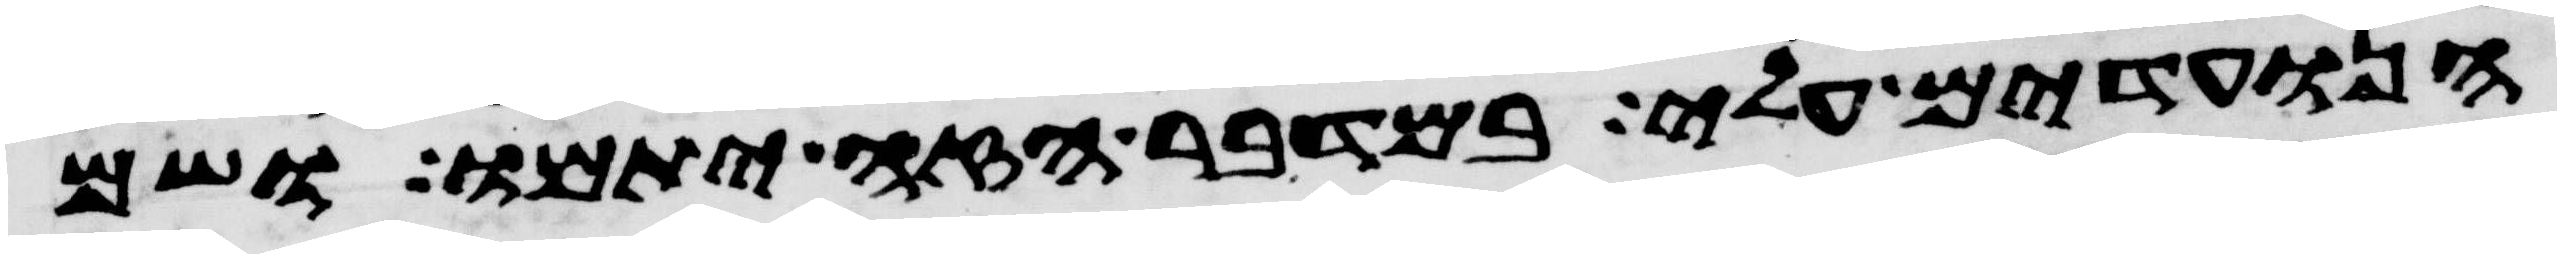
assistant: הנועדים עלי במדבר הזה יתמו ושם